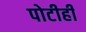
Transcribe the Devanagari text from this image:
पोटीही